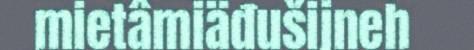
mietâmiäđušijneh